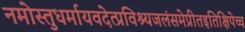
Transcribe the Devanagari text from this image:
नमोस्तुधर्मायवदेत्प्रविश्यजलंसमेप्रीतइतिक्षिपेच्च